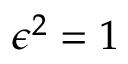
\epsilon ^ { 2 } = 1 \